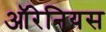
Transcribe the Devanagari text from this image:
ऑरेनियस